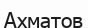
Ахматов